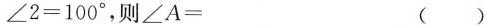
$$∠ 2 = 1 0 0 °$$，则$$∠ A =$$ ( )